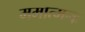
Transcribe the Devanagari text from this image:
ममात्मनः